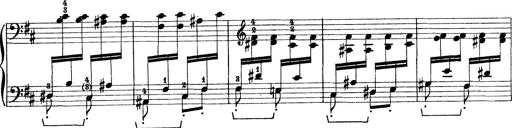
Title: Rapsodie: 19 ungheresi, 1 spagnuola
Composer: Franz Liszt